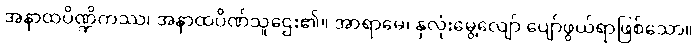
အနာထပိဏ္ဍိကဿ၊ အနာထပိဏ်သူဌေး၏။ အာရာမေ၊ နှလုံးမွေ့လျော် ပျော်ဖွယ်ရာဖြစ်သော။